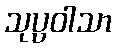
သုပ္ပဝါသာ